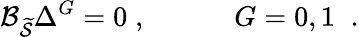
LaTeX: {\cal B}_{\widetilde{{\cal S}}}\Delta^{G}=0\; ,\; \; \; \; \; \; \; \; \; \; \; G=0,1\; \; .